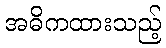
အဓိကထားသည့်